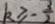
k \geq - \frac { 3 } { 2 }